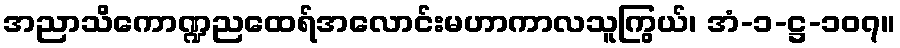
အညာသိကောဏ္ဍညထေရ်အလောင်းမဟာကာလသူကြွယ်၊ အံ-၁-ဋ္ဌ-၁၀၇။